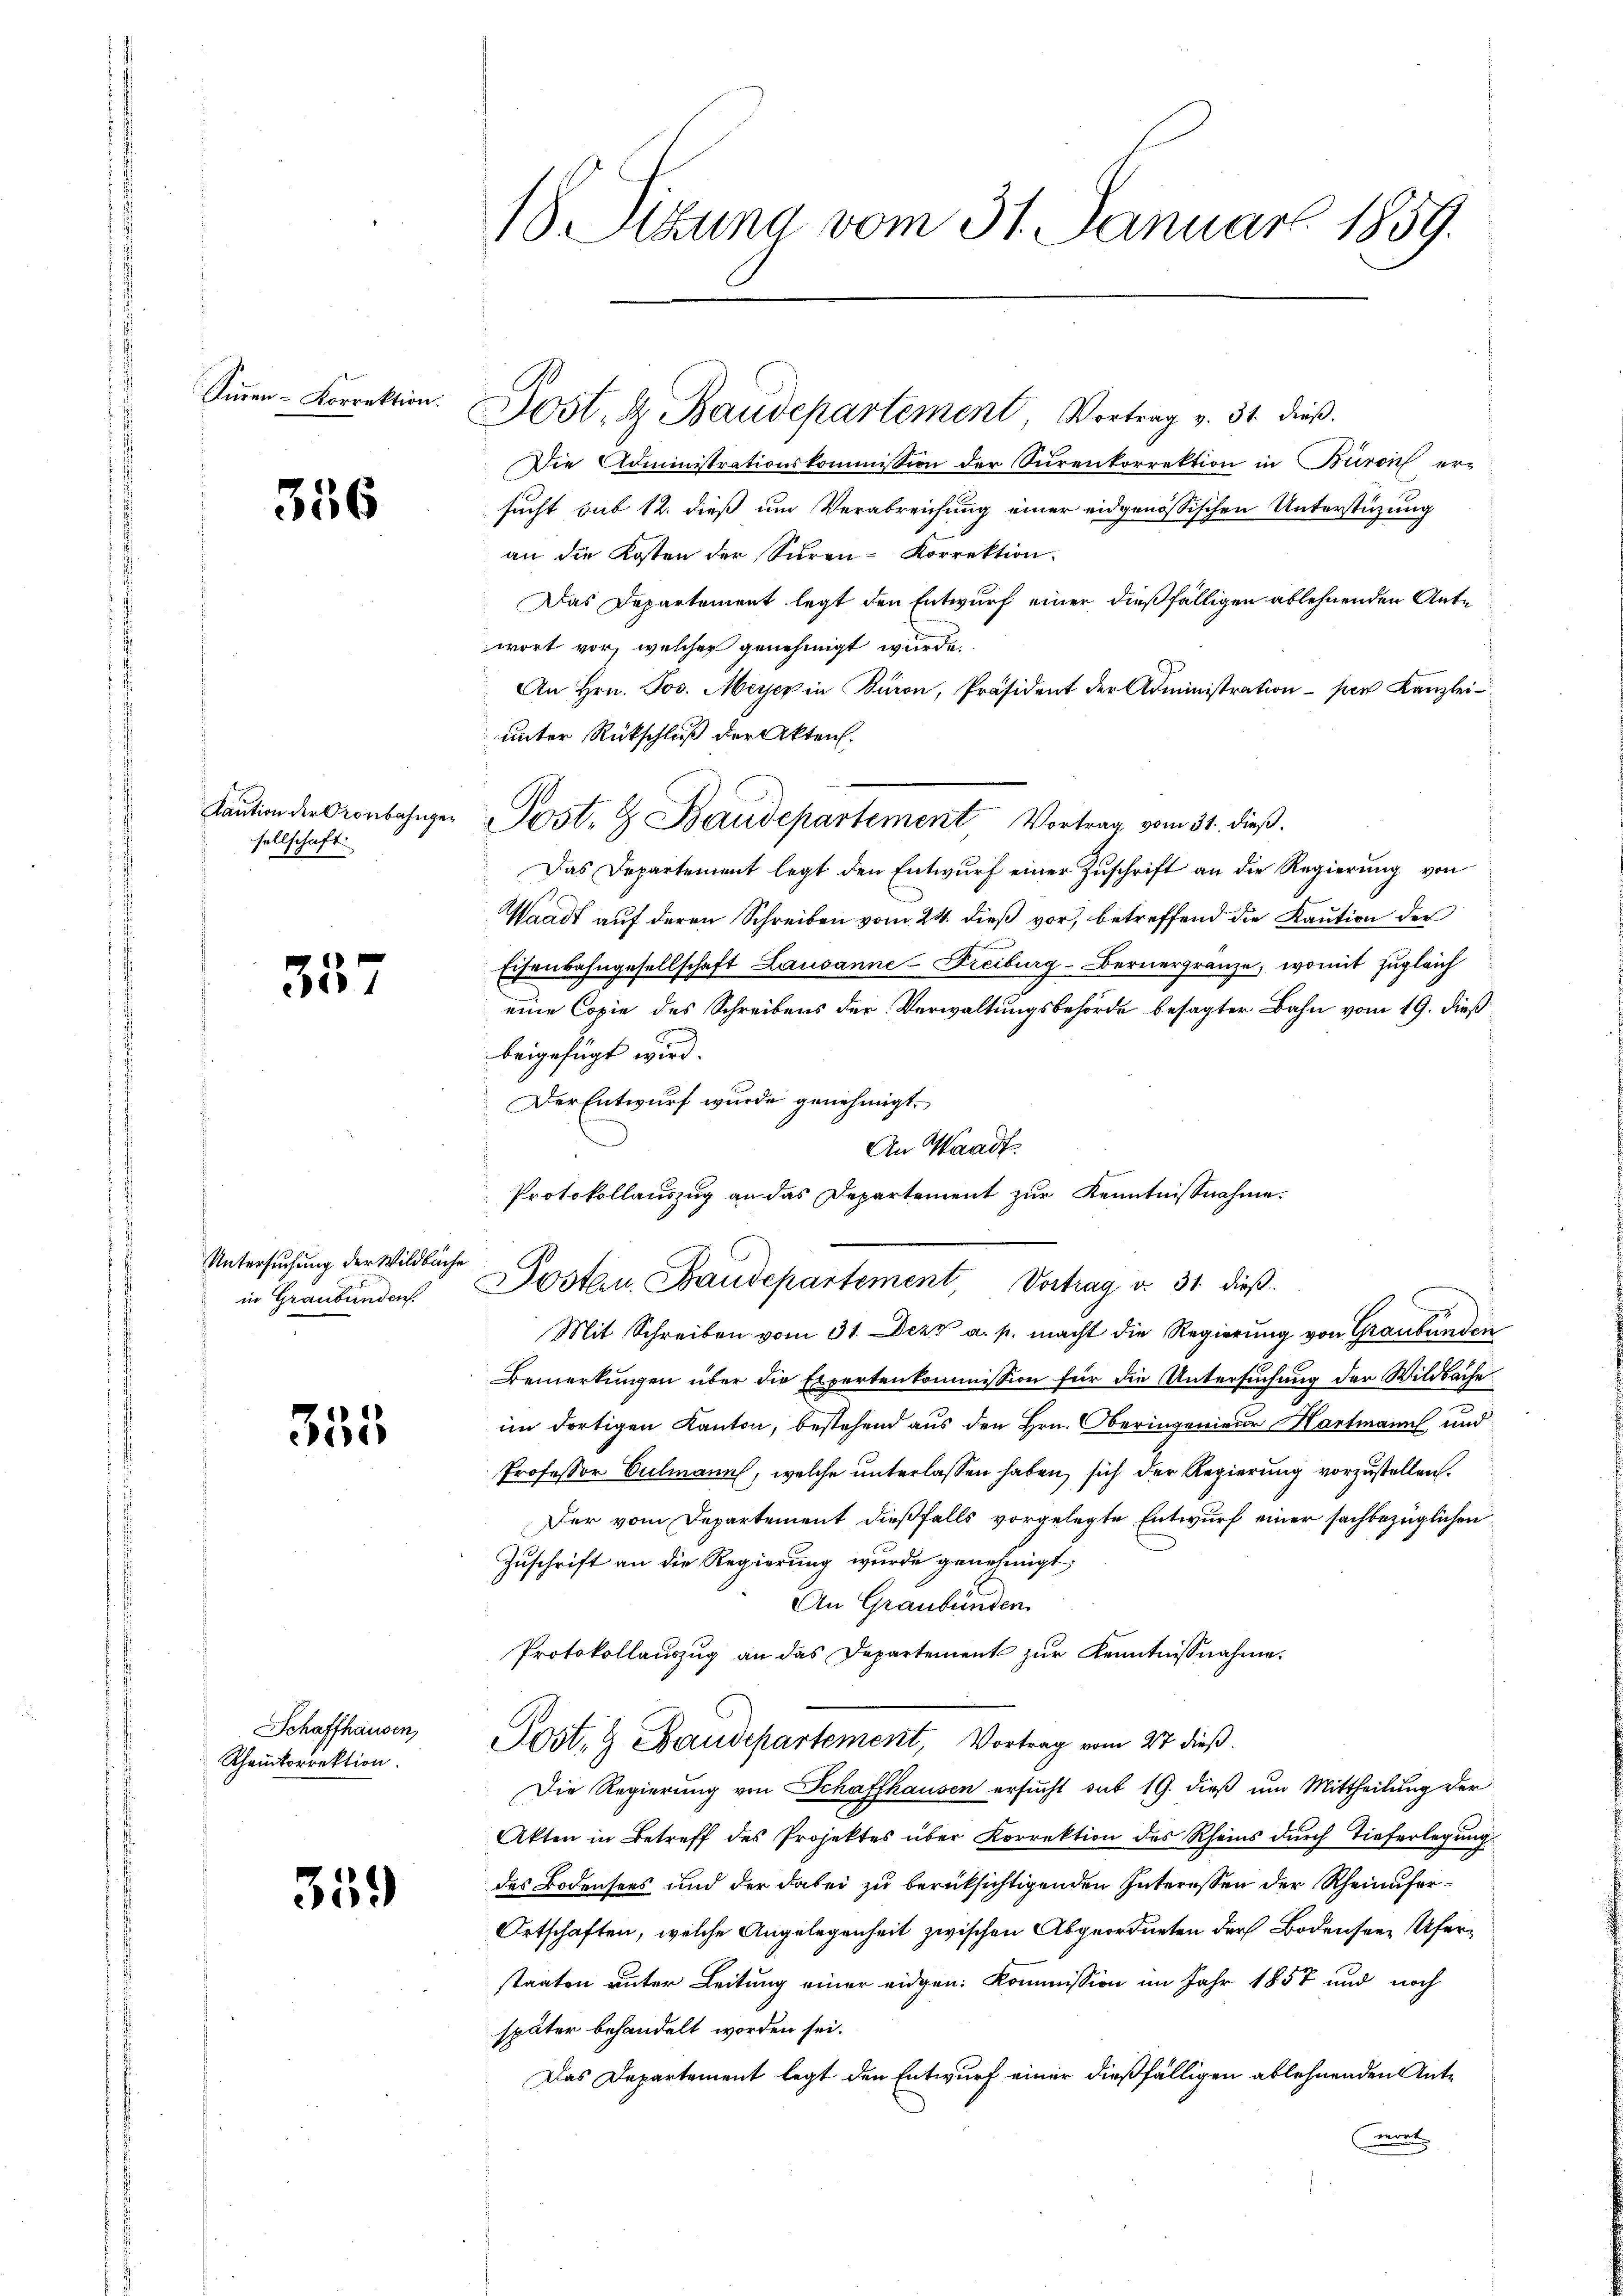
Süren-Korrektion.

356

Kaution der Kronbahngesellschaft.

35

Untersuchung der Wildbache
in Graubünden

355

Schaffhausen,
Rheinkorrektion.

359

18. Sizung vom 31. Januar 1859.

Post, & Baudepartement, Vortrag v. 31. dieß.

Die Administrationskommission der Surenkorrektion in Büron er-
sucht sub 12. dieß um Verabreichung einer eidgenössischen Unterstüzung
an die Kosten der Sihren-Korrektion.
Das Departement legt den Entwurf einer dießfälligen ablehnenden Antwort vor, welcher genehmigt wurde.
An Hrn. Jos. Meyer in Baron, Präsident der Administration per Kanzlei-
unter Rückschluß der Akten.
Post- & Baudepartement Vortrag vom 31. dieß.
Das Departement legt den Entwŭrf einer Zuschrift an die Regierung von
Waadt auf deren Schreiben vom 24. dieß vor, betreffend die Kaution der
Eisenbahngesellschaft Lausanne-Freiburg-Bernergränze, womit zugleich
eine Copie des Schreibens der Verwaltungsbehörde besagter Bahn vom 19. dieß
beigefügt wird.
Der Entwurf wurde genehmigt.
Mit Schreiben vom 31. Dez. a. p. macht die Regierung von Graubünden
Bemerkungen über die Expertenkommission für die Untersuchung der Wildbache
im dortigen Kanton, bestehend aus den Hrn. Oberingenieur Wartmann und
Professor Culmann, welche unterlassen haben, sich der Regierung vorzustellen.
Der vom Departement dießfalls vorgelegte Entwurf einer sachbezüglichen
Zuschrift an die Regierung wurde genehmigt;
An Graubünden
Protokollaŭszŭg an das Departement zŭr Kenntnißnahme.
Post- & Baudepartement, Vortrag vom 27 dieß.
Die Regierung von Schaffhausen ersucht sub 19. dieß um Mittheilung der
Akten in Betreff des Projektes über Korrektion des Rheins durch Tieferlegung
des Bodensees und der dabei zu berücksichtigenden Interessen der Rheinufer¬
Ortschaften, welche Angelegenheit zwischen Abgeordneten der Bodensere Uferstaaten unter Leitung einer eidgen: Kommission im Jahr 1857 und noch
später behandelt worden sei.
Das Departement legt den Entwurf einer dießfälligen ablehnenden Antwort |

An Waadt.
Protokollauszug an das Departement zur Kenntnisnahme.
Posten, Baudepartement Vortrag v. 31. dieß